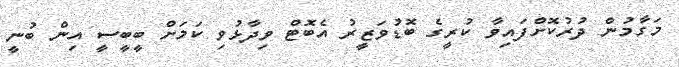
މަގާމުން ދުރުކޮށްފައިވާ ކުރީގެ ބޮޑުވަޒީރު އެބޮޓް ވިދާޅުވި ކަމަށް ބީބީސީ އިން ބުނީ